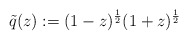
\begin{align*}\tilde{q} (z) := (1-z)^{\frac{1}{2}}(1+z)^{\frac{1}{2}} \end{align*}